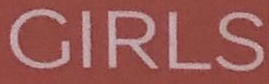
GIRLS